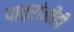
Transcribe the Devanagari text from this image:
पात्रांनीही